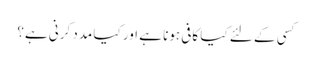
کسی کے لئے کیا کافی ہونا ہے اور کیا مدد کرنی ہے؟